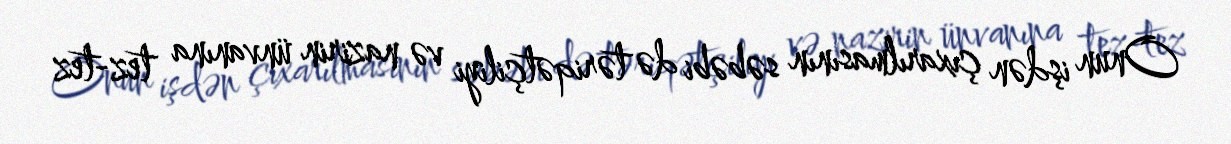
Onun işdən çıxarılmasının səbəbi də təriqətçiliyi və nazirin ünvanına tez-tez